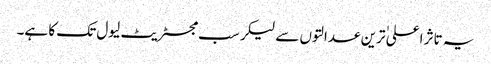
یہ تاثر اعلی ٰترین عدالتوں سے لیکر سب مجسٹریٹ لیول تک کا ہے۔